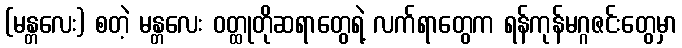
(မန္တလေး) စတဲ့ မန္တလေး ဝတ္ထုတိုဆရာတွေရဲ့ လက်ရာတွေက ရန်ကုန်မဂ္ဂဇင်းတွေမှာ